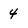
Character: 4